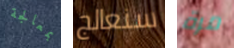
بمعالجة سنعالج مرة